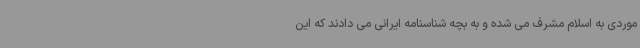
موردی به اسلام مشرف می شده و به بچه شناسنامه ایرانی می دادند که این